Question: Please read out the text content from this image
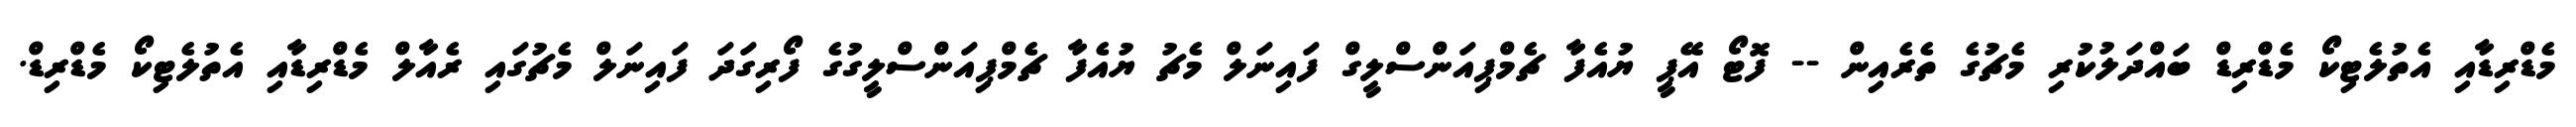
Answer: މެޑްރިޑާއި އެތުލެޓިކޯ މެޑްރިޑް ބައްދަލުކުރި މެޗުގެ ތެރެއިން -- ފޮޓޯ އޭޕީ ޔުއެފާ ޗެމްޕިއަންސްލީގް ފައިނަލް މެޗު ޔުއެފާ ޗެމްޕިއަންސްލީގުގެ ފޯރިގަދަ ފައިނަލް މެޗުގައި ރެއާލް މެޑްރިޑާއި އެތުލެޓިކޯ މެޑްރިޑް.